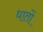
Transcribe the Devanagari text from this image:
धातों